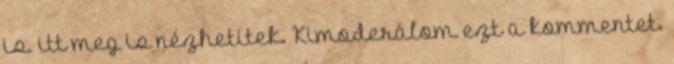
is. itt meg is nézhetitek. Kimoderálom ezt a kommentet.